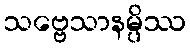
သဗ္ဗေသာနမ္ပိဿ